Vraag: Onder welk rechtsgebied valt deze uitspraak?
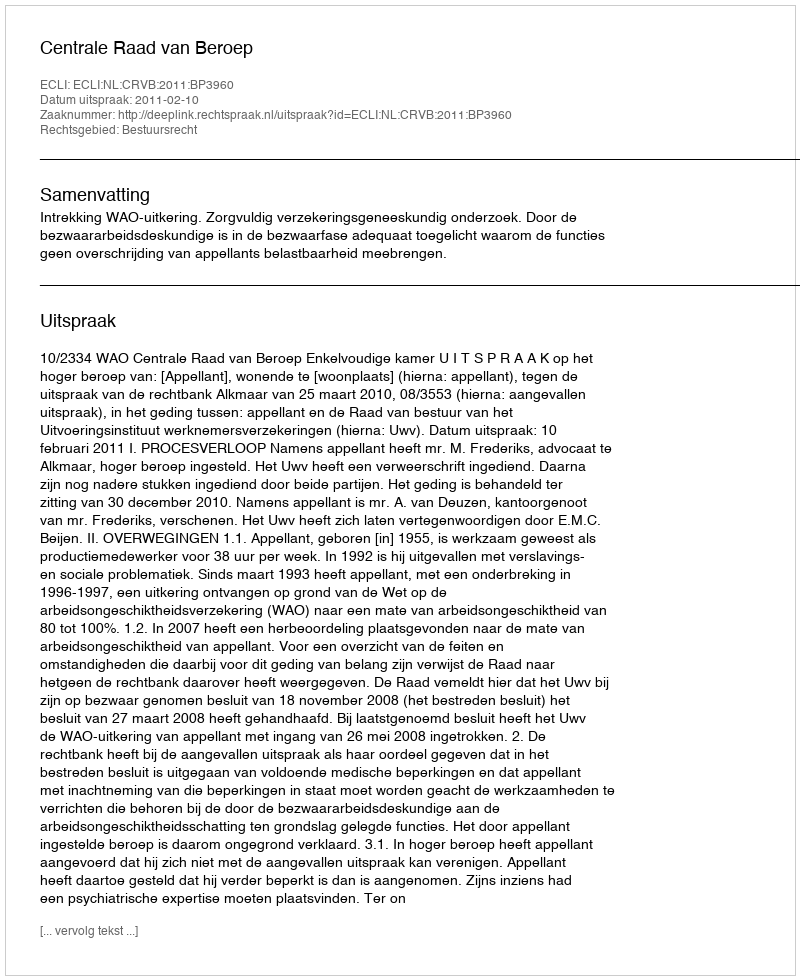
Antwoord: Bestuursrecht